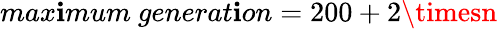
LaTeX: max\mathbf{i}mum~generat\mathbf{i}on=200+2\timesn